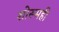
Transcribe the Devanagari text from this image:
शोरूमही